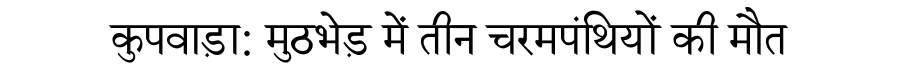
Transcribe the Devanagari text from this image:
कुपवाड़ा: मुठभेड़ में तीन चरमपंथियों की मौत